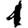
Digit: 1